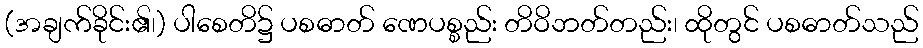
(အချက်ခိုင်း၏၊) ပါစေတိ၌ ပစဓာတ် ဏေပစ္စည်း တိဝိဘတ်တည်း၊ ထိုတွင် ပစဓာတ်သည်